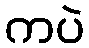
ကပဲ